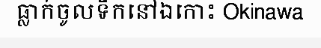
ធ្លាក់ចូលទឹកនៅឯកោះ Okinawa